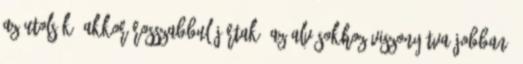
az utolsók, akkor rosszabbul jártak. Az alvósokhoz viszonyítva jobban.